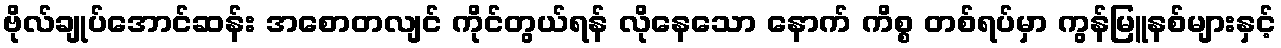
ဗိုလ်ချုပ်အောင်ဆန်း အစောတလျင် ကိုင်တွယ်ရန် လိုနေသော နောက် ကိစ္စ တစ်ရပ်မှာ ကွန်မြူနစ်များနှင့်